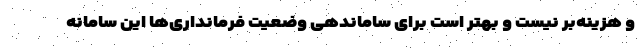
و هزینه‌بر نیست و بهتر است برای ساماندهی وضعیت فرمانداری‌ها این سامانه